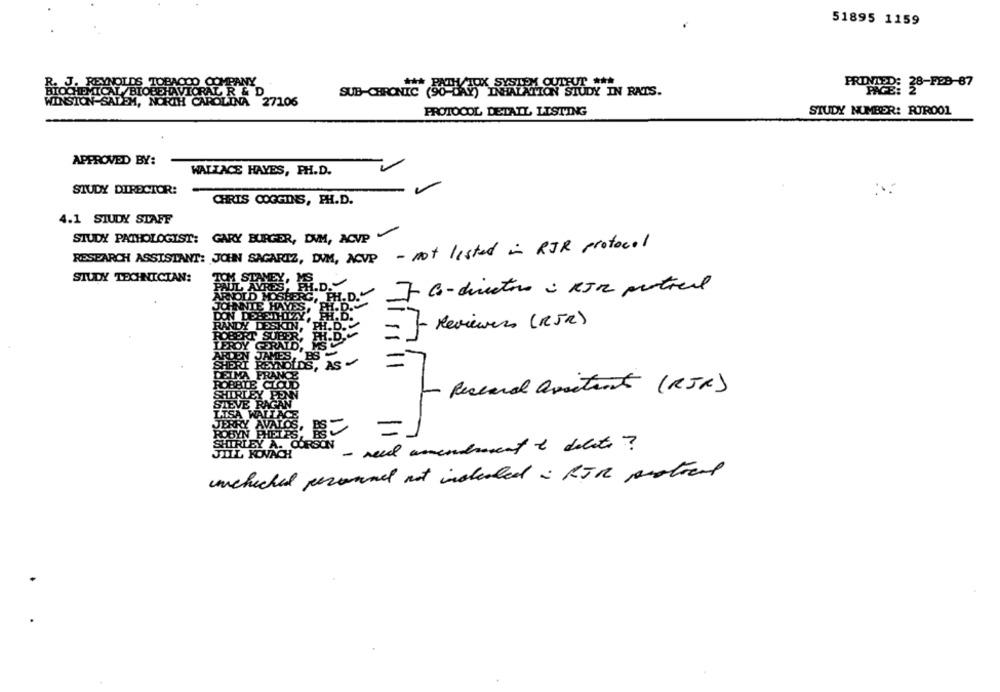
51895 1159
NOLDS TOBACCO COMPANY
PRIMIDO: 38-998-87
AL /BIOBEHAVIORAL R & D
LR
SALEM, NORTH CAROLINA 27106
STUDY NUMBER: POR001
PROTOCOL DETAIL LISTING
APPROVED BY:
WALLACE HAYES, PH.D.
STUDY DIRECTOR:
CHRIS COGGINS, PH.D.
4.1 STUDY STAFF
STUDY PATHOLOGIST: GARY BURGER, DVM, ACVP
RESEARCH ASSISTANT: JOHN SAGAREZ, DVM, ACUP - not listed in RJR protocol
STUDY TECHNICIAN:
7 00-directoro : KJR portreil
H.D.
- Reviewers (RSR)
DS, AS
- Research assistant (RJR)
LISA WAT
ROBYN PHELPS
JERRY AVALOS, SE
SHIRLEY A. CORSON
medreseat & delats ?
JILL KOVACH
unchecked personnel not inclualedi RIR mestrand